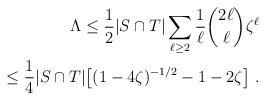
LaTeX: \begin{align*}\Lambda \le \frac12 |S \cap T| \sum_{\ell \ge 2} \frac1\ell \binom{2\ell}{\ell} \zeta^\ell \\\le \frac14 |S \cap T| \big[ (1 - 4 \zeta)^{-1/2} - 1 - 2 \zeta\big]\ . \end{align*}